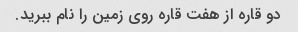
دو قاره از هفت قاره روی زمین را نام ببرید.